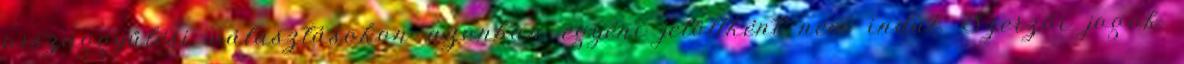
országgyűlési választásokon azonban egyéni jelöltként nem indul. Szerzői jogok